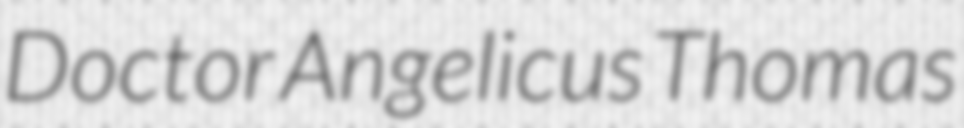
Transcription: Doctor Angelicus Thomas